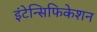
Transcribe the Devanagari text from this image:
इंटेन्सिफिकेशन